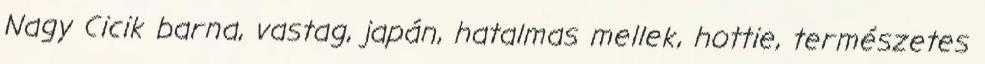
Nagy Cicik barna, vastag, japán, hatalmas mellek, hottie, természetes